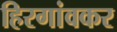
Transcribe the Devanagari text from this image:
हिरगांवकर